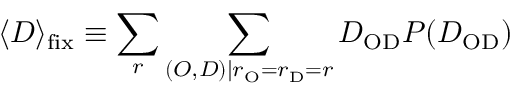
\langle D \rangle _ { \mathrm { f i x } } \equiv \sum _ { r } \sum _ { ( O , D ) | r _ { \mathrm { O } } = r _ { \mathrm { D } } = r } D _ { \mathrm { O D } } P ( D _ { \mathrm { O D } } )